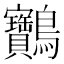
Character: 䴐